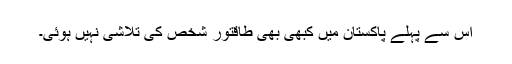
اس سے پہلے پاکستان میں کبھی بھی طاقتور شخص کی تلاشی نہیں ہوئی۔